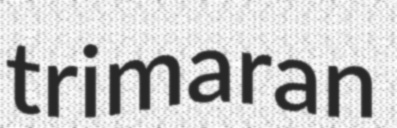
trimaran